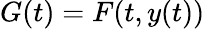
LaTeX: G(t)=F(t,y(t))